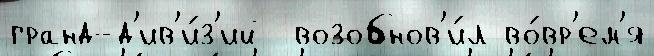
гранд-д'ив'и́з'ий  возобнов'и́л во́вр'ем'я